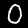
Digit: 0